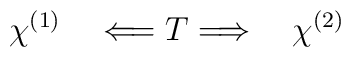
\chi^{(1)} \quad  \Longleftarrow T  \Longrightarrow    \quad    \chi^{(2)}